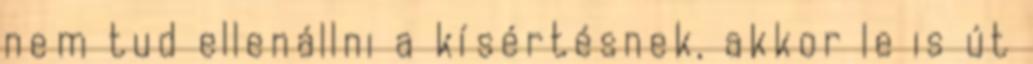
nem tud ellenállni a kísértésnek, akkor le is út